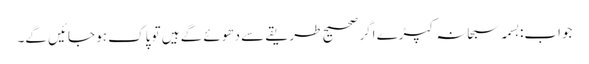
جواب:بسمہ سبحانہ کپڑے اگر صحیح طریقے سے دھوئے گے ہیں تو پاک ہو جائیں گے۔